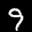
Label: 9